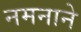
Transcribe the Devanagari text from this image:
नमनाने